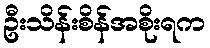
ဦးသိန်းစိန်အစိုးရက